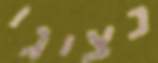
נציגי